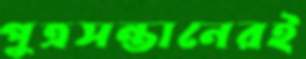
পুত্রসন্তানেরই